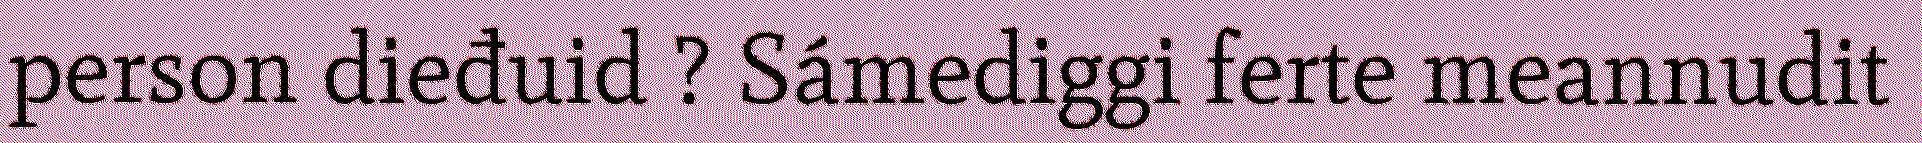
person dieđuid ? Sámediggi ferte meannudit